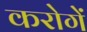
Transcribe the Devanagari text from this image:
करोगें